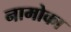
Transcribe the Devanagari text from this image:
नामोका